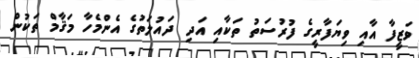
ވަޒީފާ އާއި ވިޔަފާރީގެ ފުރުސަތު ތަކާއި އަދި ދައުލަތުގެ އެންމެހާ މަޤާމް ތަކުން